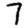
Digit: 7